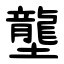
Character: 壟